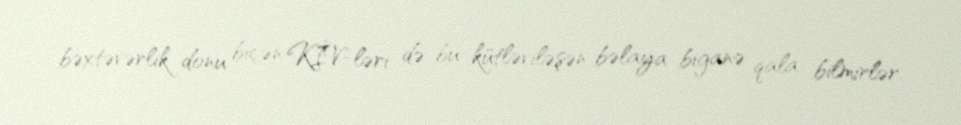
bəxtəvərlik donu biçən KİV-ləri də bu kütləviləşən bəlaya biganə qala bilmirlər.